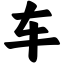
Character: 车